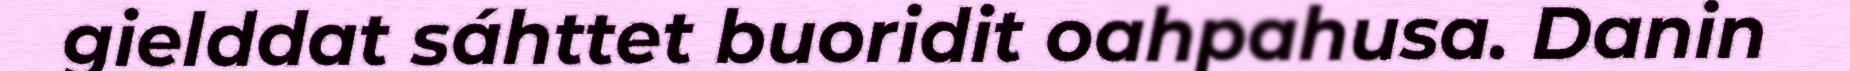
gielddat sáhttet buoridit oahpahusa. Danin